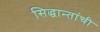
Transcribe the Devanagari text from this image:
सिद्धान्तांची